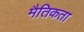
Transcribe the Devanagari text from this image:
मैतिकता